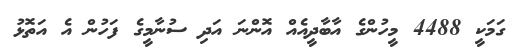
ގަމަކީ 4488 މީހުންގެ އާބާދީއެއް އޮންނަ އަދި ސުނާމީގެ ފަހުން އެ އަތޮޅު